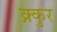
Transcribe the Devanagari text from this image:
क्न्कुर